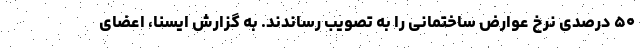
۵۰ درصدی نرخ عوارض ساختمانی را به تصویب رساندند. به گزارش ایسنا، اعضای